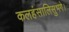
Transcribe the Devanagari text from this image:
कलहंसालिसुभगे।